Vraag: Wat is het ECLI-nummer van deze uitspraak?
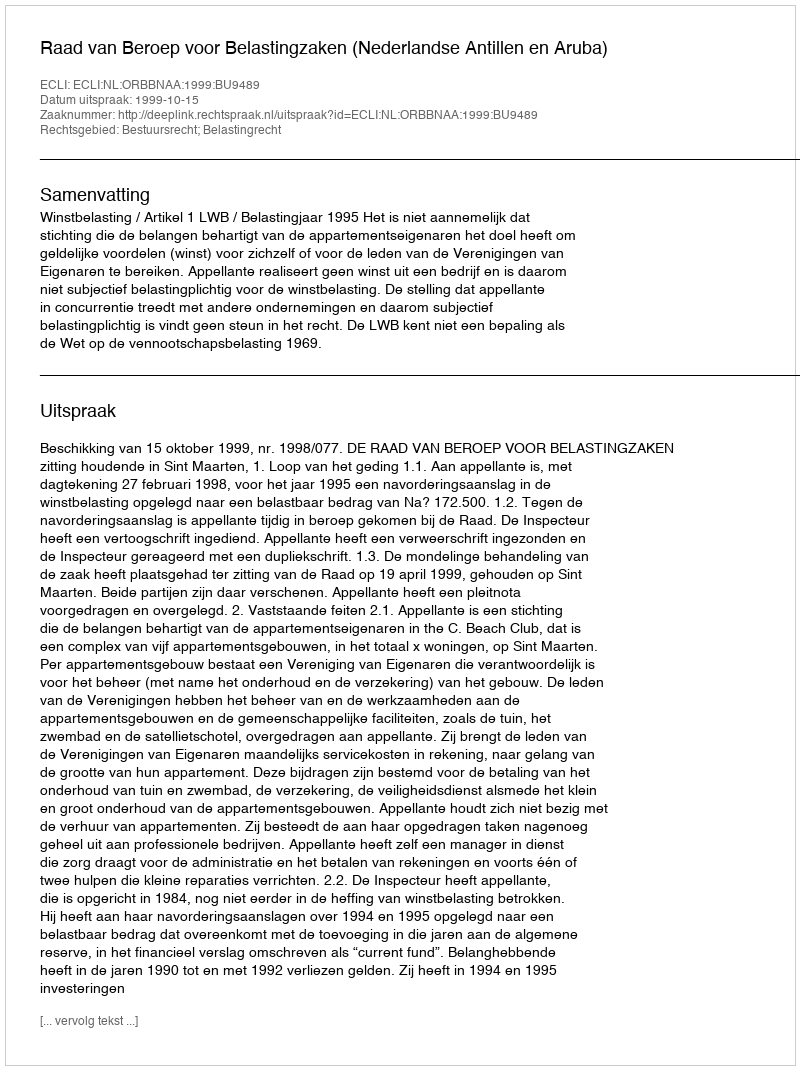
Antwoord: ECLI:NL:ORBBNAA:1999:BU9489